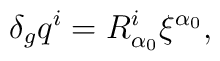
\delta_{g}q^{i} =R^{i}_{\alpha_{0}}\xi^{\alpha_{0}} ,